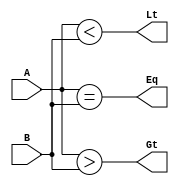
module comparator_4bit_bh(Eq,Gt,Lt,A,B);

input [3:0]A,B;
output reg Eq,Gt,Lt;//Equal to, Greater than, Less than

always@(*) begin

        Eq = (A == B);
        Gt = (A > B);
        Lt = (A < B);

end

endmodule